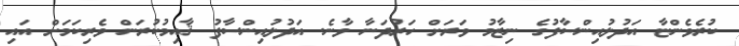
ކުރެވެންޏާ އަދުލުއިންސާފުގެ ނިޒާމު ވަރަށް ހަރުދަނާ ވާނެ. އަދުލުއިންސާފު ޤާއިމުކުރަން ވެރިކަމަށް އައި